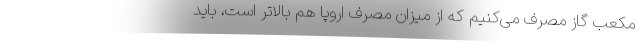
مکعب گاز مصرف می‌کنیم که از میزان مصرف اروپا هم بالاتر است، باید